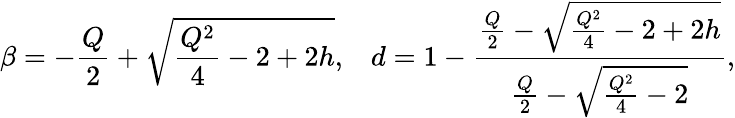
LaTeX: \beta=-\frac{Q}{2}+\sqrt{\frac{Q^{2}}{4}-2+2h},\, \, \, \, \, d=1-\frac{\frac{Q}{2}-\sqrt{\frac{Q^{2}}{4}-2+2h}}{\frac{Q}{2}-\sqrt{\frac{Q^{2}}{4}-2}},